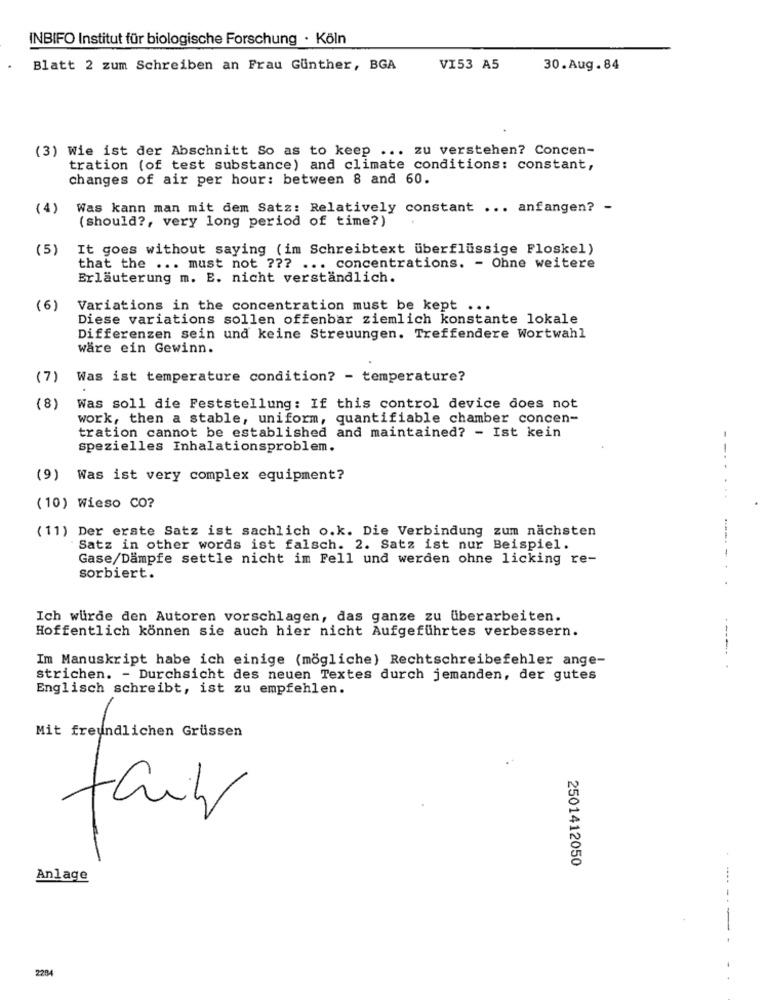
INBIFO Institut für biologische Forschung · Köln
Blatt 2 zum Schreiben an Frau Gunther, BGA
VI53 A5
30.Aug.84
(3) Wie ist der Abschnitt So as to keep ... zu verstehen? Concen-
tration (of test substance) and climate conditions: constant,
changes of air per hour: between 8 and 60.
(4)
Was kann man mit dem Satz: Relatively constant ... anfangen? -
( should ?, very long period of time?)
(5)
It goes without saying (im Schreibtext überflüssige Floskel)
that the ... must not ??? ... concentrations. - Ohne weitere
Erläuterung m. E. nicht verständlich.
(6)
Variations in the concentration must be kept ...
Diese variations sollen offenbar ziemlich konstante lokale
Differenzen sein und keine Streuungen. Treffendere Wortwahl
wäre ein Gewinn.
(7)
Was ist temperature condition? - temperature?
(8)
Was soll die Feststellung: If this control device does not
work, then a stable, uniform, quantifiable chamber concen-
tration cannot be established and maintained? - Ist kein
spezielles Inhalationsproblem.
(9) Was ist very complex equipment?
(10) Wieso CO?
(11) Der erste Satz ist sachlich o.k. Die Verbindung zum nächsten
Satz in other words ist falsch. 2. Satz ist nur Beispiel.
Gase/Dämpfe settle nicht im Fell und werden ohne licking re-
sorbiert.
Ich würde den Autoren vorschlagen, das ganze zu überarbeiten.
Hoffentlich können sie auch hier nicht Aufgeführtes verbessern.
Im Manuskript habe ich einige (mögliche) Rechtschreibefehler ange-
----- .
strichen. - Durchsicht des neuen Textes durch jemanden, der gutes
Englisch schreibt, ist zu empfehlen.
Mit freundlichen Grüssen
2501412050
Anlage
-----
2204